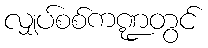
လျှပ်စစ်ကဏ္ဍတွင်